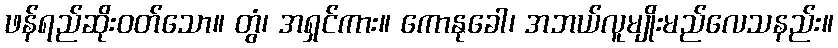
ဖန်ရည်ဆိုးဝတ်သော။ တွံ၊ အရှင်ကား။ ကောနုခေါ၊ အဘယ်လူမျိုးမည်လေသနည်း။